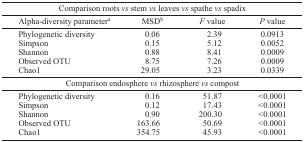
<table><thead><tr><td colspan="4"><b>Comparison roots <i>vs</i> stem <i>vs</i> leaves <i>vs</i> spathe <i>vs</i> spadix</b></td></tr><tr><td><b>Alpha-diversity parametera</b></td><td><b>MSDb</b></td><td><b><i>F</i> value</b></td><td><b><i>P</i> value</b></td></tr></thead><tbody><tr><td>Phylogenetic diversity</td><td>0.06</td><td>2.39</td><td>0.0913</td></tr><tr><td>Simpson</td><td>0.15</td><td>5.12</td><td>0.0052</td></tr><tr><td>Shannon</td><td>0.88</td><td>8.41</td><td>0.0009</td></tr><tr><td>Observed OTU</td><td>8.75</td><td>7.26</td><td>0.0009</td></tr><tr><td>Chao1</td><td>29.05</td><td>3.23</td><td>0.0339</td></tr><tr><td colspan="4">Comparison endosphere <i>vs</i> rhizosphere <i>vs</i> compost</td></tr><tr><td>Phylogenetic diversity</td><td>0.16</td><td>51.87</td><td>&lt;0.0001</td></tr><tr><td>Simpson</td><td>0.12</td><td>17.43</td><td>&lt;0.0001</td></tr><tr><td>Shannon</td><td>0.90</td><td>200.30</td><td>&lt;0.0001</td></tr><tr><td>Observed OTU</td><td>163.66</td><td>50.69</td><td>&lt;0.0001</td></tr><tr><td>Chao1</td><td>354.75</td><td>45.93</td><td>&lt;0.0001</td></tr></tbody></table>